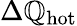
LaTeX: \Delta\mathbb{Q}_{\mathrm{{hot}}}